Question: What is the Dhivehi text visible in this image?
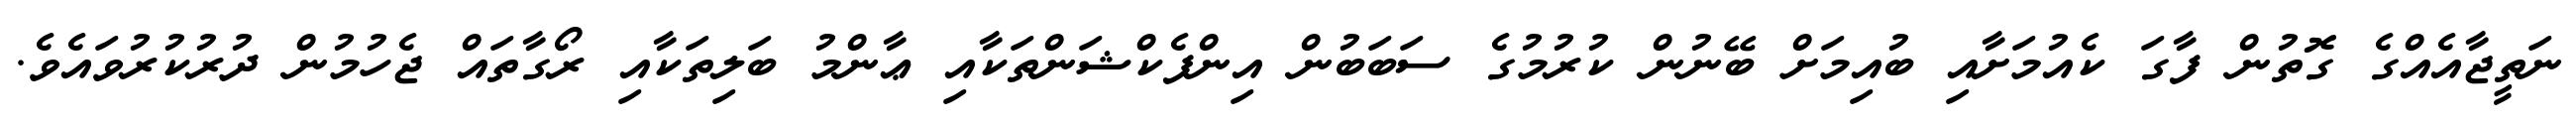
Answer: ނަތީޖާއެއްގެ ގޮތުން ފާގަ ކެއުމަށާއި ބުއިމަށް ބޭނުން ކުރުމުގެ ސަބަބުން އިންފެކްޝަންތަކާއި ޢާންމު ބަލިތަކާއި ރޯގާތައް ޖެހުމުން ދުރުކުރުވައެވެ.